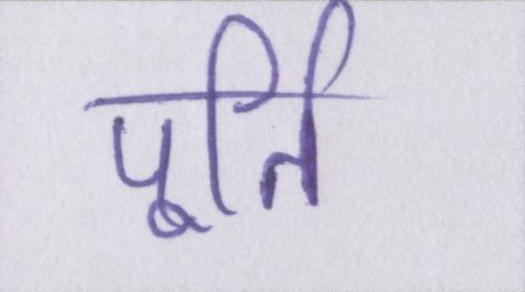
पूर्ति